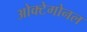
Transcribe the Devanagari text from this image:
ओक्टेगोनल